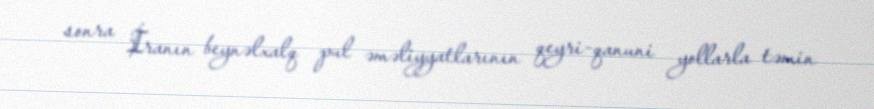
sonra İranın beynəlxalq pul əməliyyatlarının qeyri-qanuni yollarla təmin